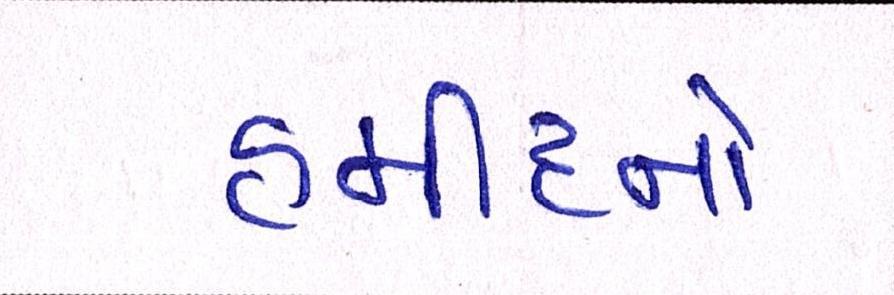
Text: હમીદનો